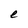
Character: e